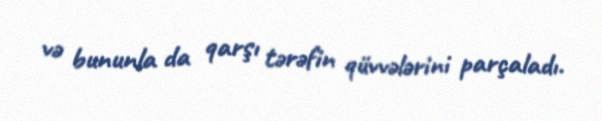
və bununla da qarşı tərəfin qüvvələrini parçaladı.